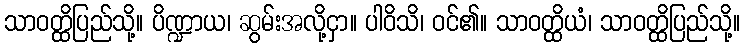
သာဝတ္ထိပြည်သို့။ ပိဏ္ဍာယ၊ ဆွမ်းအလို့ငှာ။ ပါဝိသိ၊ ဝင်၏။ သာဝတ္ထိယံ၊ သာဝတ္ထိပြည်သို့။